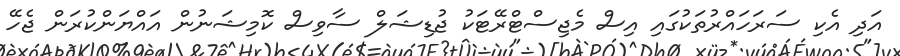
އަދި އެކި ސަރަހައްރުތަކުގައި އިސް މެޖިސްޓްރޭޓަކު ޖުޑިޝަލް ސާވިސް ކޮމިޝަނުން އައްޔަންކުރަން ޖެހޭ